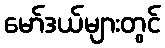
မော်ဒယ်များတွင်